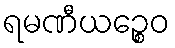
ရမဏီယဉ္စေဝ